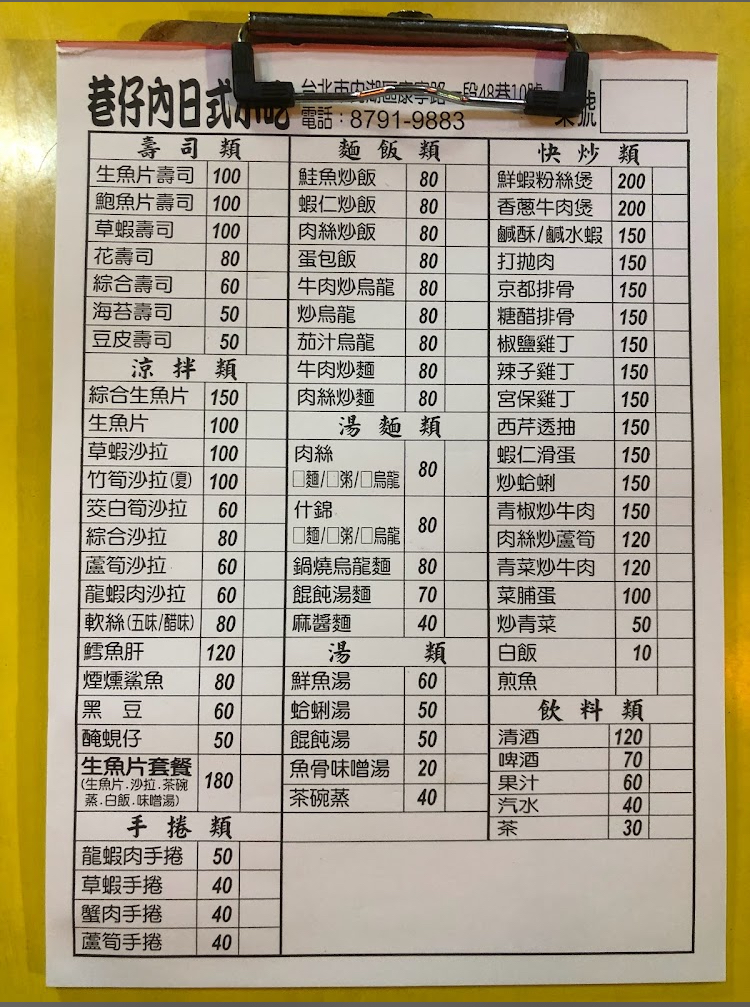
餐廳：巷仔內日式
電話：8791-9883
菜單：
name: 生魚片壽司
price: 100
name: 鮑魚片壽司
price: 100
name: 草蝦壽司
price: 100
name: 花壽司
price: 80
name: 綜合壽司
price: 60
name: 海苔壽司
price: 50
name: 豆皮壽司
price: 50
name: 綜合生魚片
price: 150
name: 生魚片
price: 100
name: 草蝦沙拉
price: 100
name: 竹筍沙拉(夏)
price: 100
name: 筊白筍沙拉
price: 60
name: 綜合沙拉
price: 80
name: 蘆筍沙拉
price: 60
name: 龍蝦肉沙拉
price: 60
name: 軟絲(五味/醋味)
price: 80
name: 鱈魚肝
price: 120
name: 煙燻鯊魚
price: 80
name: 黑豆
price: 60
name: 醃蜆仔
price: 50
name: 生魚片套餐(生魚片、沙拉、茶碗蒸)
price: 180
name: 鮭魚炒飯
price: 80
name: 蝦仁炒飯
price: 80
name: 肉絲炒飯
price: 80
name: 蛋包飯
price: 80
name: 牛肉炒烏龍
price: 80
name: 炒烏龍
price: 80
name: 茄汁烏龍
price: 80
name: 牛肉炒麵
price: 80
name: 肉絲炒麵
price: 80
name: 蒸、白飯、味噌湯
price: 70
name: 什錦口麵/口粥/口烏龍
price: 80
name: 鍋燒烏龍麵
price: 80
name: 餛飩湯麵
price: 80
name: 麻醬麵
price: 80
name: 鮮魚湯
price: 60
name: 蛤蜊湯
price: 50
name: 餛飩湯
price: 50
name: 魚骨味噌湯
price: 20
name: 茶碗蒸
price: 40
name: 龍蝦肉手捲
price: 50
name: 草蝦手捲
price: 40
name: 蟹肉手捲
price: 40
name: 蘆筍手捲
price: 40
name: 鮮蝦粉絲煲
price: 200
name: 香蔥牛肉煲
price: 200
name: 鹹酥/鹹水蝦
price: 150
name: 打拋肉
price: 150
name: 京都排骨
price: 150
name: 糖醋排骨
price: 150
name: 椒鹽雞丁
price: 150
name: 辣子雞丁
price: 150
name: 宮保雞丁
price: 150
name: 西芹透抽
price: 150
name: 蝦仁滑蛋
price: 150
name: 炒蛤蜊
price: 150
name: 青椒炒牛肉
price: 150
name: 肉絲炒蘆筍
price: 120
name: 青菜炒牛肉
price: 150
name: 菜脯蛋
price: 100
name: 炒青菜
price: 60
name: 白飯
price: 10
name: 煎魚
price: -1
name: 清酒
price: 120
name: 啤酒
price: 70
name: 果汁
price: 60
name: 汽水
price: 40
name: 茶
price: 30